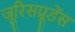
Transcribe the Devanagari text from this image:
जूरिसप्रूडेंस